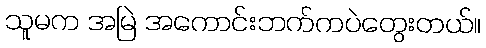
သူမက အမြဲ အကောင်းဘက်ကပဲတွေးတယ်။